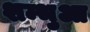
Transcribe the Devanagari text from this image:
शम्भुआ